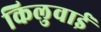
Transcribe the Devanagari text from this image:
किलुवाई